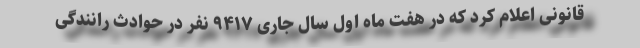
قانونی اعلام کرد که در هفت ماه اول سال جاری ۹۴۱۷ نفر در حوادث رانندگی